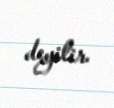
deyilir.